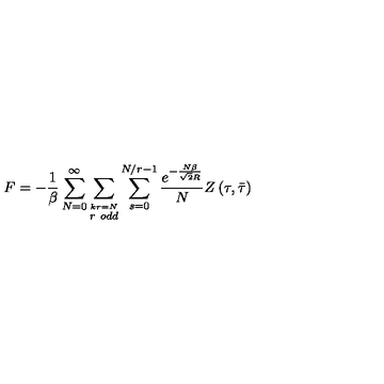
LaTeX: F = - \frac { 1 } { \beta } \sum _ { N = 0 } ^ { \infty } \sum _ { \stackrel { k r = N } { r \ o d d } } \sum _ { s = 0 } ^ { N / r - 1 } \frac { e ^ { - \frac { N \beta } { \sqrt { 2 } R } } } { N } Z \left( \tau , \bar { \tau } \right)